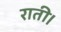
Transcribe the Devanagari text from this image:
राती।